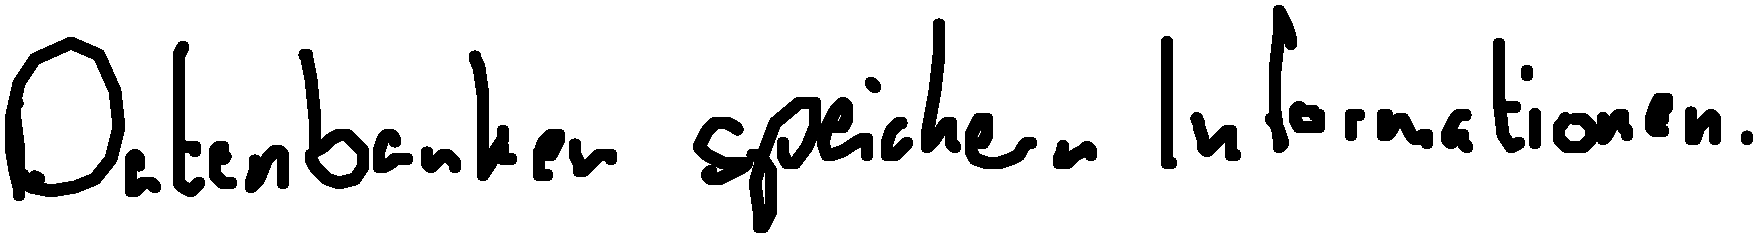
Datenbanken speichern Informationen.